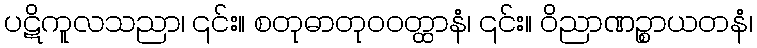
ပဋိကူလသညာ၊ ၎င်း။ စတုဓာတုဝဝတ္ထာနံ၊ ၎င်း။ ဝိညာဏဉ္စာယတနံ၊